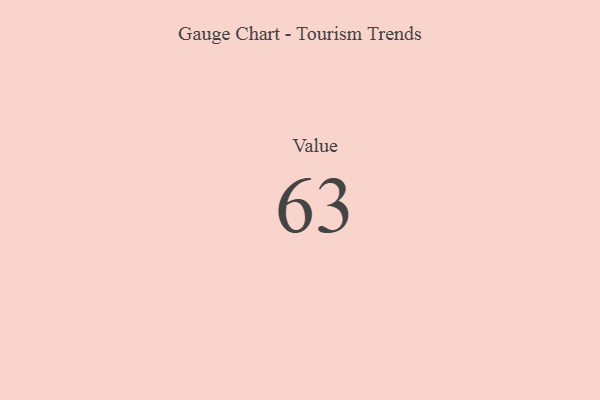
{"axis": {"x": "Metric", "y": "Value"}, "legend": [""], "data": [{"x": "Value", "y": 63, "type": ""}]}